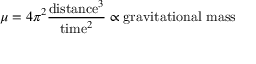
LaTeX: \mu = 4 \pi ^ { 2 } { \frac { { \mathrm { d i s t a n c e } } ^ { 3 } } { { \mathrm { t i m e } } ^ { 2 } } } \propto { \mathrm { g r a v i t a t i o n a l ~ m a s s } }